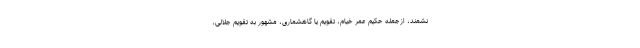
نشمند، ازجمله حکیم عمر خیام، تقویم یا گاهشماری، مشهور به تقویم جلالی،